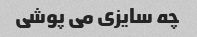
چه سایزی می پوشی